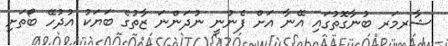
ޝާރމަރ ބުނާގޮތުގައި އޭނާ އަށް ފެނުނީ ނުދަންނަ ޒާތުގެ ބަޔަކު އުދުހޭ ބޯތަށި